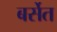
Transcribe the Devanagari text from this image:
बर्सेत